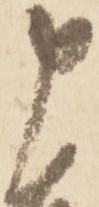
申